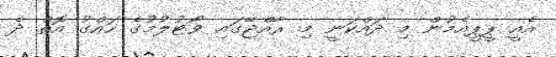
އެއީ ޕީޕީއެމުން މި ދައްކަނީ މި ރާއްޖޭގައި ވޯޓުލުމުގެ ހައްގު އޮތް ދެ